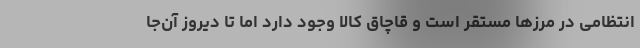
انتظامی در مرزها مستقر است و قاچاق کالا وجود دارد اما تا دیروز آن‌جا